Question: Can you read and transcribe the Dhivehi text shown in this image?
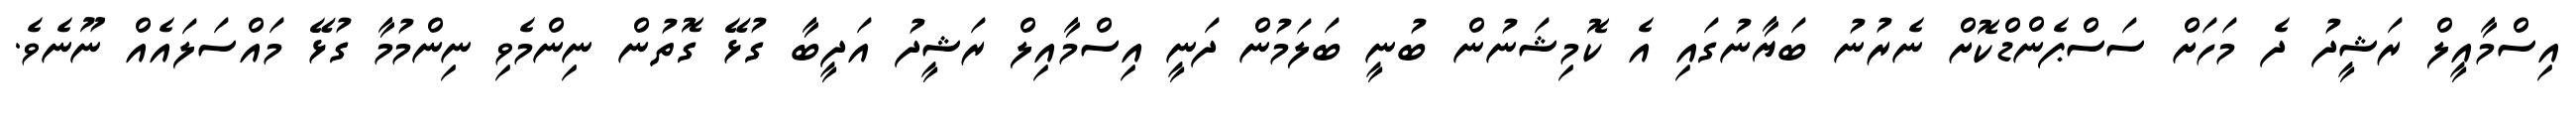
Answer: އިސްމާއީލް ރަޝީދު ދެ މަހަށް ސަސްޕެންޑްކޮށް ނެރުނު ބަޔާނުގައި އެ ކޮމިޝަނުން ބުނީ ބަލަމުން ދަނީ އިސްމާއިލް ރަޝީދު އަދީބާ ގުޅޭ ގޮތުން ނިންމެވި ނިންމުމާ ގުޅޭ މައްސަލައެއް ނޫނެވެ.